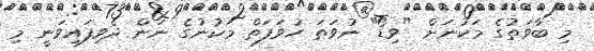
މި ބާވަތުގެ މަކުނަށް "ވިޑޯ" ނުވަތަ ހުވަފަތް މަކުނުގެ ނަން ދެވިފައިވަނީ މި